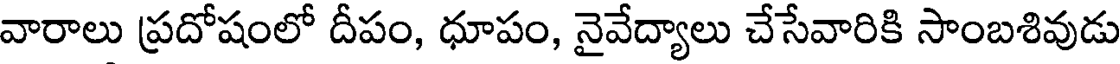
వారాలు ప్రదోషంలో దీపం, ధూపం, నైవేద్యాలు చేసేవారికి సాంబశివుడు